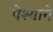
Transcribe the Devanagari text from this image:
पेश्याने